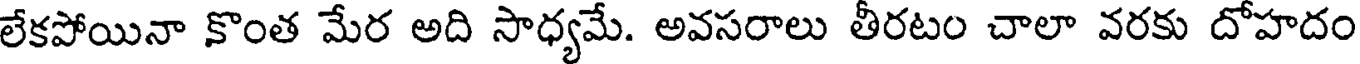
లేకపోయినా కొంత మేర అది సాధ్యమే. అవసరాలు తీరటం చాలా వరకు దోహదం